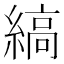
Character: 縞